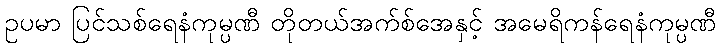
ဥပမာ ပြင်သစ်ရေနံကုမ္ပဏီ တိုတယ်အက်စ်အေနှင့် အမေရိကန်ရေနံကုမ္ပဏီ